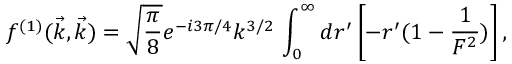
f ^ { ( 1 ) } ( \vec { k } , \vec { k } ) = \sqrt { \frac { \pi } { 8 } } e ^ { - i 3 \pi / 4 } k ^ { 3 / 2 } \, \int _ { 0 } ^ { \infty } d r ^ { \prime } \left[ - r ^ { \prime } ( 1 - \frac { 1 } { F ^ { 2 } } ) \right] ,